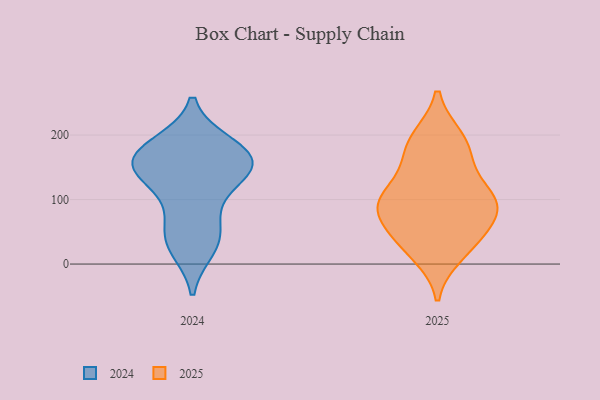
{"axis": {"x": "Gross Profit (USD K)", "y": "Value"}, "legend": ["2024", "2025"], "data": [{"x": "", "y": 193, "type": "2025"}, {"x": "", "y": 75, "type": "2025"}, {"x": "", "y": 172, "type": "2025"}, {"x": "", "y": 37, "type": "2025"}, {"x": "", "y": 195, "type": "2025"}, {"x": "", "y": 31, "type": "2025"}, {"x": "", "y": 93, "type": "2025"}, {"x": "", "y": 103, "type": "2025"}, {"x": "", "y": 153, "type": "2025"}, {"x": "", "y": 16, "type": "2025"}, {"x": "", "y": 101, "type": "2025"}, {"x": "", "y": 103, "type": "2025"}, {"x": "", "y": 62, "type": "2025"}, {"x": "", "y": 93, "type": "2025"}, {"x": "", "y": 144, "type": "2024"}, {"x": "", "y": 90, "type": "2024"}, {"x": "", "y": 40, "type": "2024"}, {"x": "", "y": 45, "type": "2024"}, {"x": "", "y": 26, "type": "2024"}, {"x": "", "y": 135, "type": "2024"}, {"x": "", "y": 147, "type": "2024"}, {"x": "", "y": 180, "type": "2024"}, {"x": "", "y": 184, "type": "2024"}, {"x": "", "y": 161, "type": "2024"}, {"x": "", "y": 161, "type": "2024"}, {"x": "", "y": 162, "type": "2024"}]}